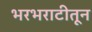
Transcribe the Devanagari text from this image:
भरभराटीतून